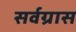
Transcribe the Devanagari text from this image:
सर्वग्रास